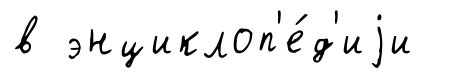
в энциклоп'е́д'иjи